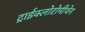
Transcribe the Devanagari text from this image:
ट्राईक्लोरोमीथेन